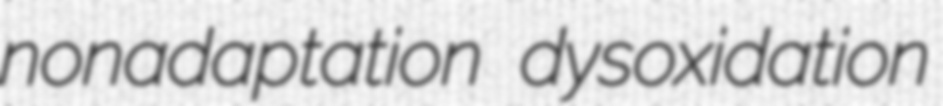
nonadaptation dysoxidation